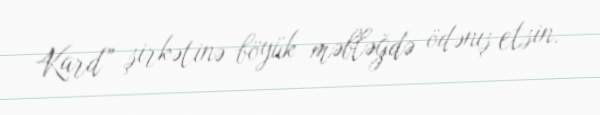
Kard” şirkətinə böyük məbləğdə ödənış etsin.